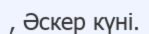
, Әскер күні.